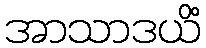
အာသာဒယိံ